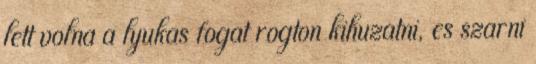
lett volna a lyukas fogat rogton kihuzatni, es szarni